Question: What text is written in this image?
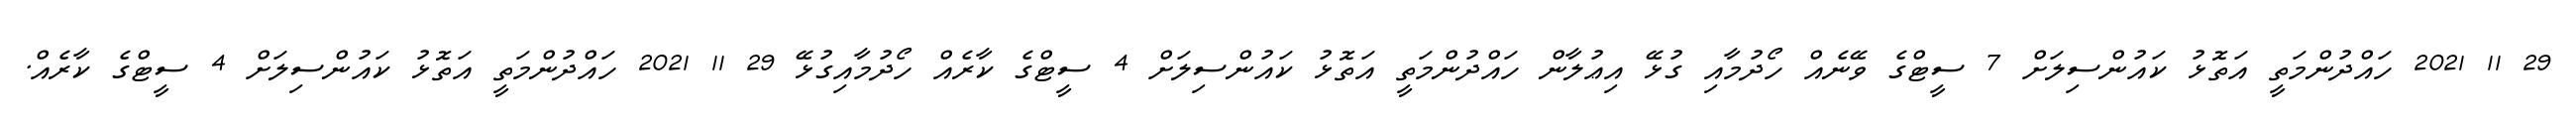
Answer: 29 11 2021 ހައްދުންމަތީ އަތޮޅު ކައުންސިލަށް 7 ސީޓްގެ ވޭނެއް ހޯދުމާއި ގުޅޭ އިޢުލާން ހައްދުންމަތީ އަތޮޅު ކައުންސިލަށް 4 ސީޓްގެ ކާރެއް ހޯދުމާއިގުޅޭ 29 11 2021 ހައްދުންމަތީ އަތޮޅު ކައުންސިލަށް 4 ސީޓްގެ ކާރެއް.